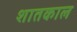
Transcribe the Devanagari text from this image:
शातकाल